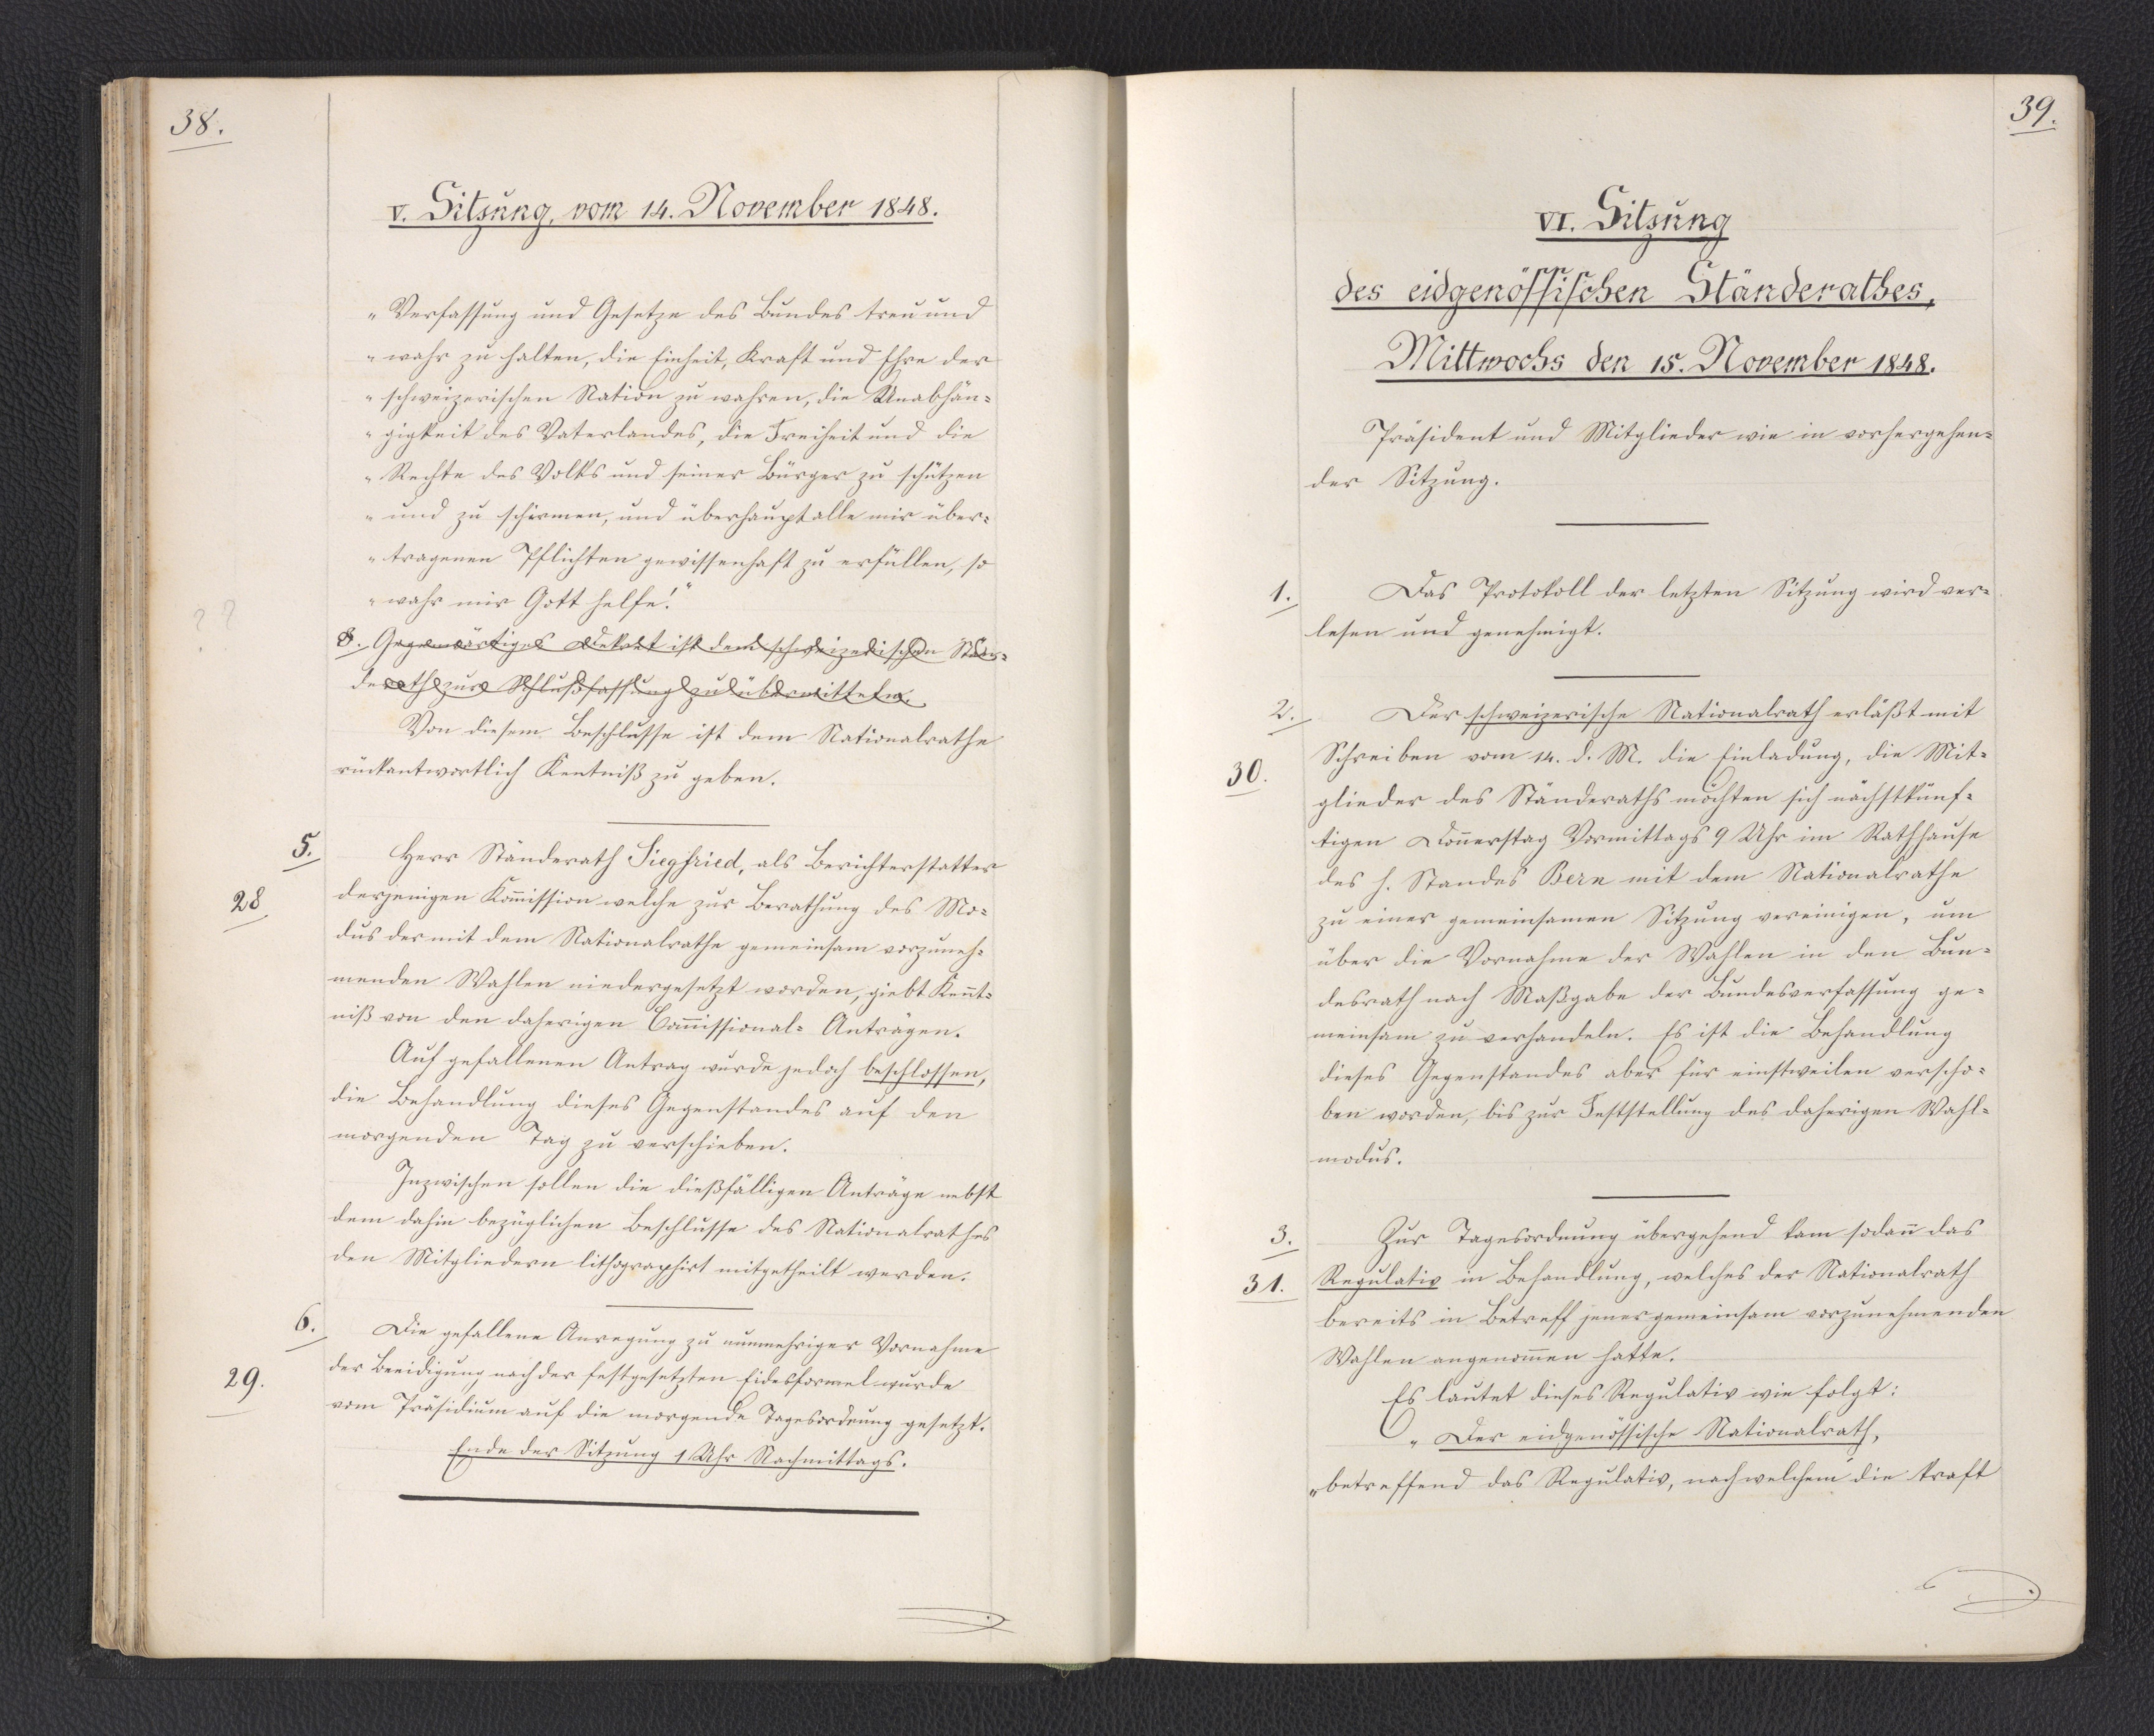
39.

VI. Sitzung
des eidgenössischen Ständerathes,
Mittwochs den 15. November 1848.

Präsident und Mitglieder wie in vorhergehen¬
der Sitzung.
Das Protokoll der letzten Sitzung wird ver¬
lesen und genehmigt.
Der schweizerische Nationalrath erläßt mit
Schreiben vom 14. d. M. die Einladung, die Mit¬
glieder des Ständeraths möchten sich nächstkünf¬
tigen Donnerstag Vormittags 9 Uhr im Rathhause
des h. Standes Bern mit dem Nationalrathe
zu einer gemeinsamen Sitzung vereinigen, um
über die Vornahme der Wahlen in den Bun¬
desrath nach Maßgabe der Bundesverfassung ge¬
meinsam zu verhandeln. Es ist die Behandlung
dieses Gegenstandes aber für einstweilen verscho¬
ben worden, bis zur Feststellung des daherigen Wahl¬
modus.
Zur Tagesordnung übergehend kam sodann das
Regulativ in Behandlung, welches der Nationalrath
bereits in Betreff jener gemeinsam vorzunehmenden
Wahlen angenommen hatte.
Es lautet dieses Regulativ wie folgt:
"Der eidgenössische Nationalrath,
betreffend das Regulativ, nach welchem die Kraft

1.

2.
30.

3.
31.